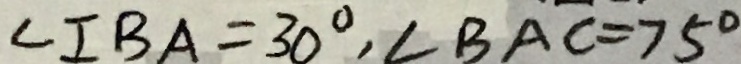
\angle I B A = 3 0 ^ { \circ } , \angle B A C = 7 5 ^ { \circ }